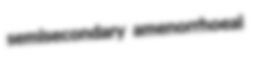
semisecondary amenorrhoeal